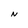
Character: N